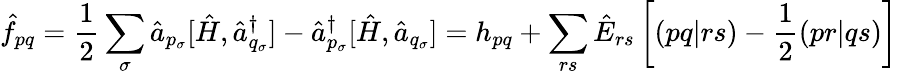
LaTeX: \hat{f}_{pq}=\frac{1}{2}\sum_{\sigma}\hat{a}_{p_{\sigma}}[\hat{H},\hat{a}_{q_{\sigma}}^{\dagger}]-\hat{a}_{p_{\sigma}}^{\dagger}[\hat{H},\hat{a}_{q_{\sigma}}]=h_{pq}+\sum_{rs}\hat{E}_{rs}\left[(pq|rs)-\frac{1}{2}(pr|qs)\right]